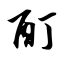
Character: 酊